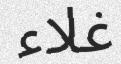
غلاء